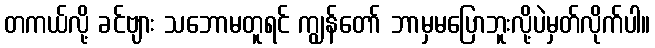
တကယ်လို့ ခင်ဗျား သဘောမတူရင် ကျွန်တော် ဘာမှမပြောဘူးလို့ပဲမှတ်လိုက်ပါ။